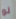
لو